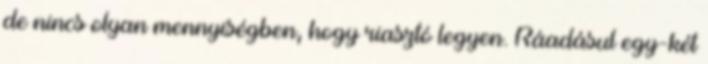
de nincs olyan mennyiségben, hogy riasztó legyen. Ráadásul egy-két